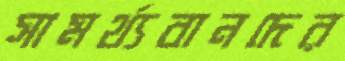
সামর্থ্যবানদের